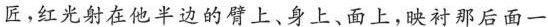
匠，红光射在他半边的臂上，身上、面上，映村那后面一